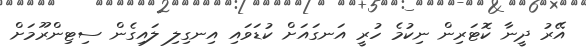
އޭރު ދީނާ ކޮޓަރިން ނިކުމެ ހުރީ އަނގައަށް ކުޑަވައި އިނގިލި ލައިގެން ސިޓިންރޫމަށް